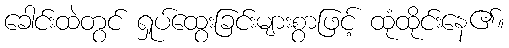
ခေါင်းထဲတွင် ရှုပ်ထွေးခြင်းများစွာဖြင့် ထုံထိုင်းနေ၏။